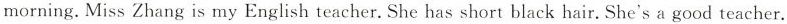
morning. Miss Zhang is my English teacher. She has short black hair. She's a good teacher.